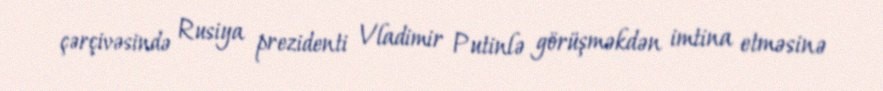
çərçivəsində Rusiya prezidenti Vladimir Putinlə görüşməkdən imtina etməsinə